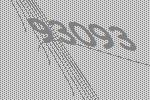
93093